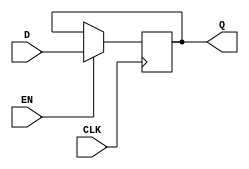
module EdgeTriggeredGatedLatch (
    input wire D,      // Data Input
    input wire CLK,    // Clock Input
    input wire EN,     // Enable Signal
    output reg Q       // Output
);

// Always block sensitive to the clock's rising edge
always @(posedge CLK) begin
    if (EN) begin
        Q <= D;      // Capture D when EN is high on the rising edge of CLK
    end
    // If EN is low, Q retains its previous value
end

endmodule